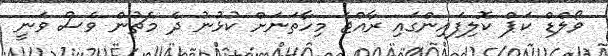
ވޯލްޑް ކަޕް ކޮލިފައިންގައި ރާއްޖެ މިހާތަނަށް ކުޅުނު ދެ މެޗުން ވެސް ވަނީ